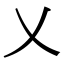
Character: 乂